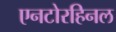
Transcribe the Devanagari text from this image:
एनटोरहिनल